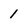
Character: 1